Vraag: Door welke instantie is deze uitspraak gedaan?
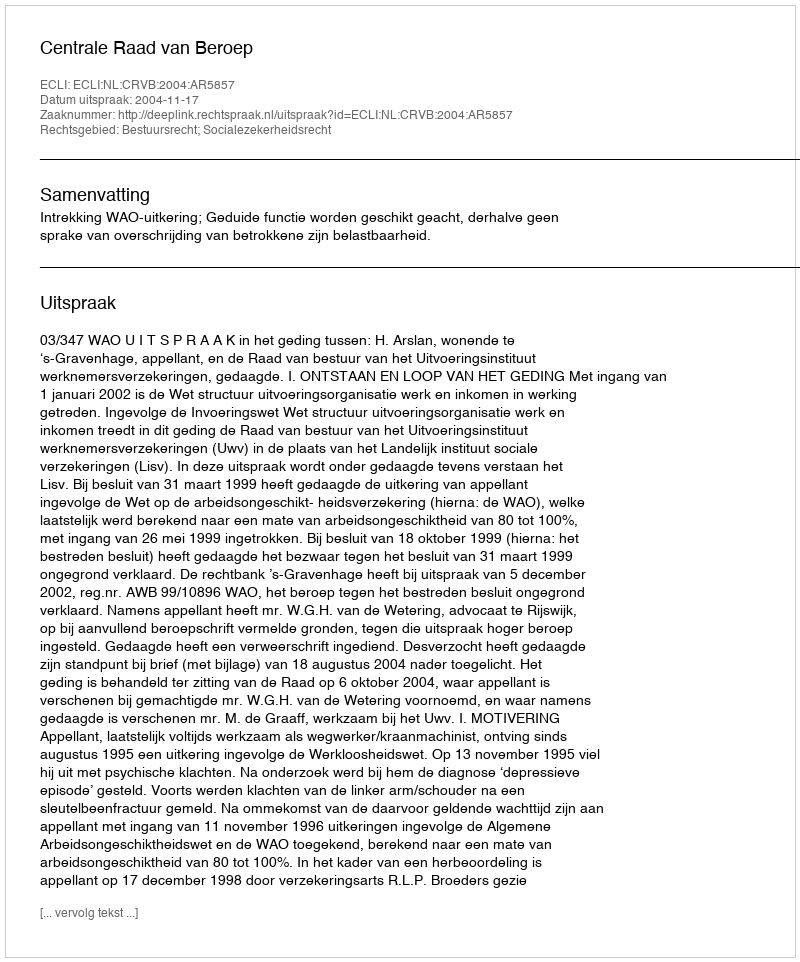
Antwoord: Centrale Raad van Beroep